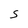
Character: S